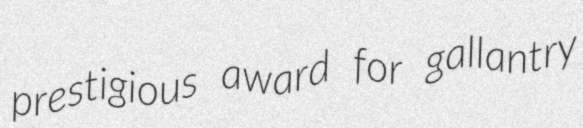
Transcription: prestigious award for gallantry